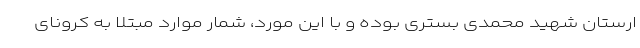
ارستان شهید محمدی بستری بوده و با این مورد، شمار موارد مبتلا به کرونای